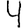
Digit: 4